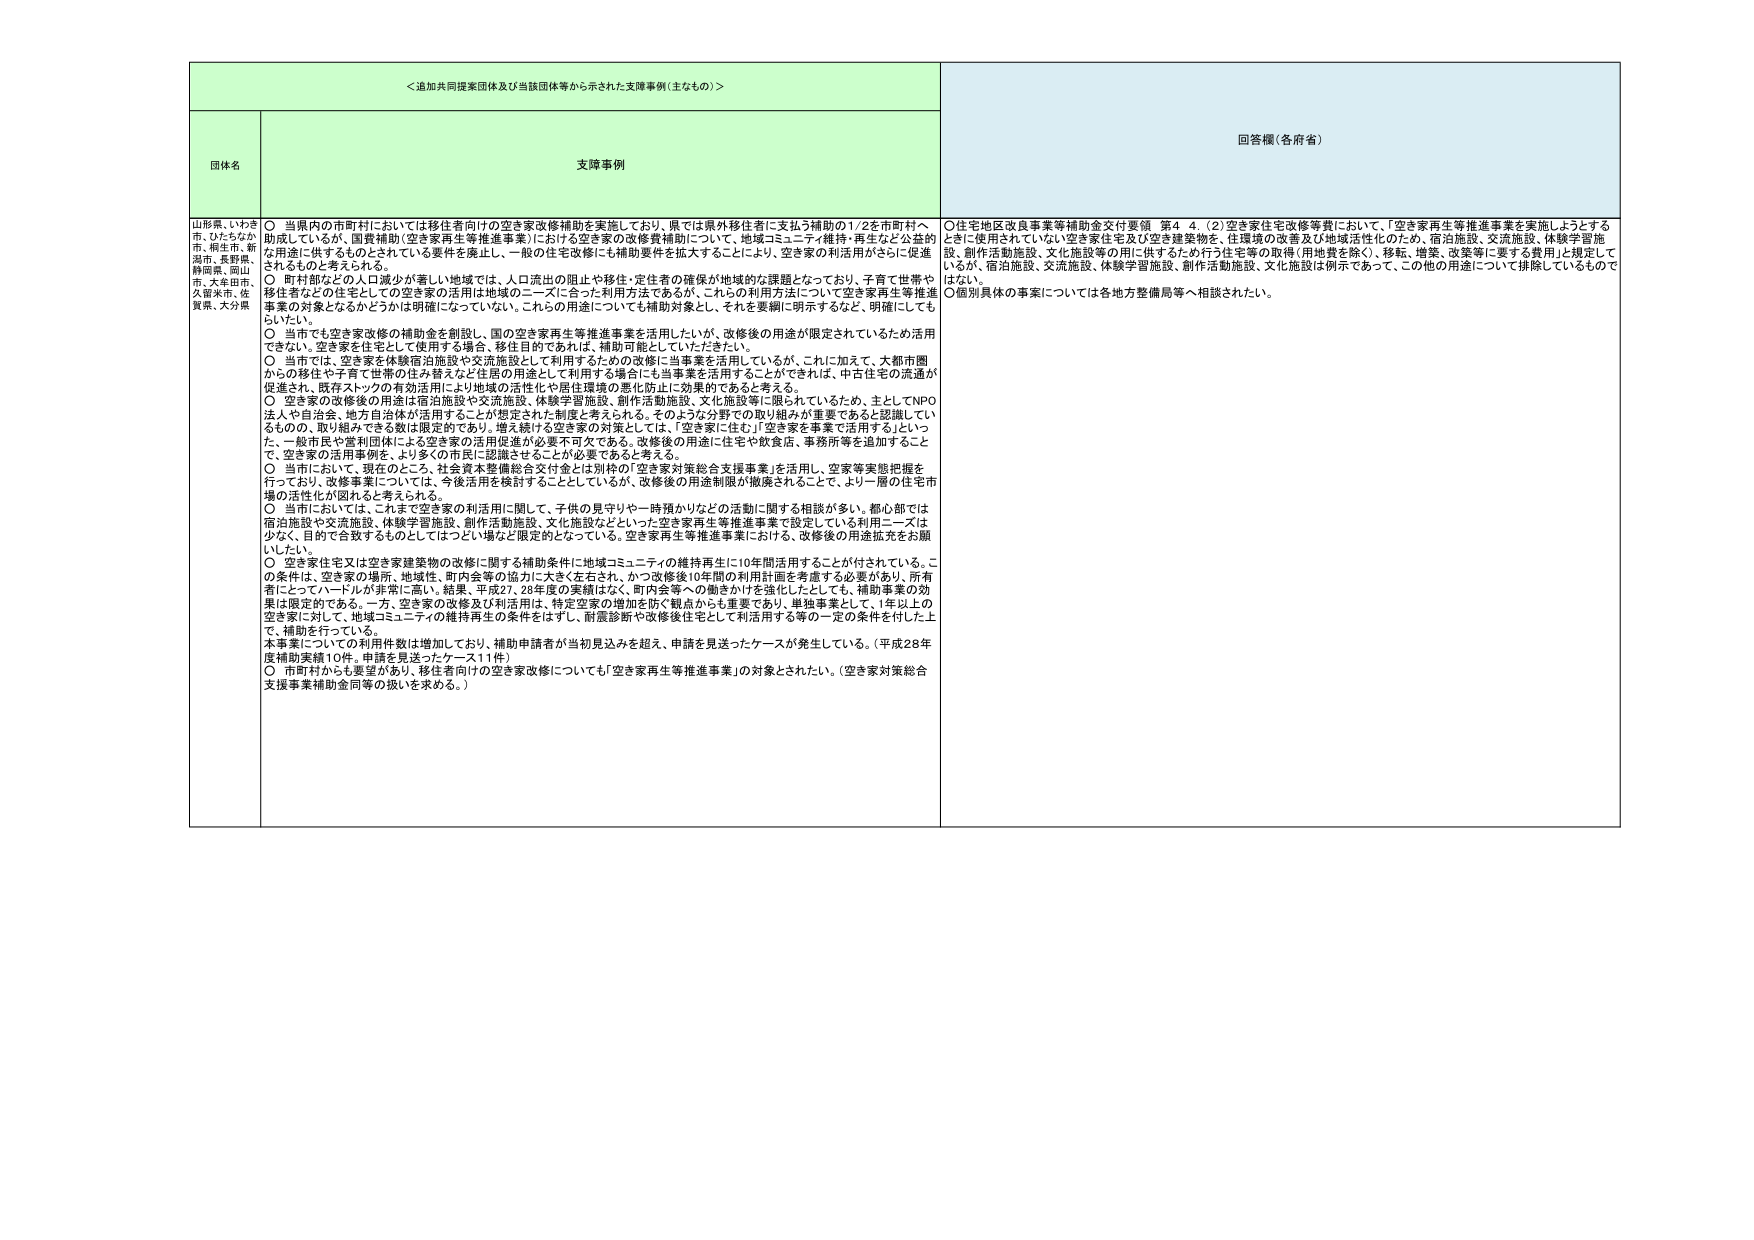
＜追加共同提案団体及び当該団体等から示された支援事例（主なもの）＞

団体名
山形県、いわき市、ちちぶか市、桐生市、新潟市、長野県、静岡県、岡山市、大牟田市、久留米市、佐賀県、大分県

支援事例
○ 当県内の市町村においては移住者向けの空き家改修補助を実施しており、県では県外移住者に支払う補助の1/2を市町村へ助成しているが、国費補助（空き家再生等推進事業）における空き家の改修費補助について、地域コミュニティ維持・再生など公益的な用途に供するものとされている要件を廃止し、一般の住宅改修にも補助要件を拡大することにより、空き家の利活用がさらに促進されるものと考えられる。
○ 町村部などの人口減少が著しい地域では、人口流出の阻止や移住・定住者の確保が地域的な課題となっており、子育て世帯や移住者などの住宅としての空き家の活用は地域のニーズに合った利用方法であるが、これらの利用方法について空き家再生等推進事業の対象となるかどうかは明確になっていない。これらの用途についても補助対象とし、それを要綱に明示するなど、明確にしてもよい。
○ 当市でも空き家改修の補助金を創設し、国の空き家再生等推進事業を活用したいが、改修後の用途が限定されているため活用できない。空き家を住宅として使用する場合、移住目的であれば、補助可能としていただきたい。
○ 当市では、空き家を体験宿泊施設や交流施設として利用するための改修に当事業を活用しているが、これに加えて、大都市圏からの移住や子育て世帯の住み替えなど住居の用途として利用する場合にも当事業を活用することができれば、中古住宅の流通が促進され、既存ストックの有効活用により地域の活性化や居住環境の悪化防止に効果的であると考える。
○ 空き家の改修後の用途は宿泊施設や交流施設、体験学習施設、創作活動施設、文化施設等に限られているため、主としてNPO法人や自治会、地方自治体が活用することが想定された制度と考えられる。そのような分野での取り組みが重要であると認識しているものの、取り組みできる数は限定的であり、増え続ける空き家の対策としては、「空き家に住む」「空き家を事業で活用する」といった、一般市民や営利団体による空き家の活用促進が必要不可欠である。改修後の用途に住宅や飲食店、事務所等を追加することて、空き家の活用事例を、より多くの市民に認識させることが必要であると考える。
○ 当市において、現在のところ、社会資本整備総合交付金とは別枠の「空き家対策総合支援事業」を活用し、空家等実態把握を行っており、改修事業については、今後活用を検討することとしているが、改修後の用途制限が撤廃されることで、より一層の住宅市場の活性化が図られると考えられる。
○ 当市においては、これまで空き家の利活用に関して、子供の見守りや一時預かりなどの活動に関する相談が多い。都心部では宿泊施設や交流施設、体験学習施設、創作活動施設、文化施設などといった空き家再生等推進事業で設定している利用ニーズは少なく、目的で合致するものとしてはつらい場合と限定的となっている。空き家再生等推進事業における、改修後の用途拡充をお願いしたい。
○ 空き家住宅又は空き家建築物の改修に関する補助条件に地域コミュニティの維持再生に10年間活用することが付されている。この条件は、空き家の場所、地域性、町内会等の協力に大きく左右され、かつ改修後10年間の利用計画を考慮する必要があり、所有者にとってはハードルが非常に高い。結果、平成27、28年度の実績はなく、町内会等への働きかけを強化したとしても、補助事業の効果は限定的である。一方、空き家の改修及び利活用は、特定空家の増加を防ぐ観点からも重要であり、単独事業として、1年以上の空き家に対して、地域コミュニティの維持再生の条件をはずし、耐震診断や改修後住宅として利活用する等の一定の条件を付した上で、補助を行っている。
本事業についての利用件数は増加しており、補助申請者が当初見込みを超える、申請を見送ったケースが発生している。（平成28年度補助実績10件、申請を見送ったケース11件）
○ 市町村からも要望があり、移住者向けの空き家改修についても「空き家再生等推進事業」の対象とされたい。（空き家対策総合支援事業補助金同等の扱いを求める。）

回答欄（各府省）
○住宅地区改良事業等補助金交付要領 第4 4.（2）空き家住宅改修等費において、「空き家再生等推進事業を実施しようとするときに使用されていない空き家住宅及び空き建築物を、住環境の改善及び地域活性化のため、宿泊施設、交流施設、体験学習施設、創作活動施設、文化施設等の用に供するため行う住宅等の取得（用地費を除く）、移転、増築、改築等に要する費用」と規定しているが、宿泊施設、交流施設、体験学習施設、創作活動施設、文化施設は例示であって、この他の用途について排除しているものではない。
○個別具体的な事案については各地方整備局等へ相談されたい。